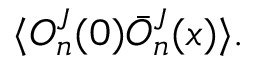
\langle O _ { n } ^ { J } ( 0 ) \bar { O } _ { n } ^ { J } ( x ) \rangle .